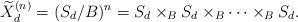
LaTeX: \begin{align*}\widetilde X^{(n)}_d=(S_d/B)^n = S_d \times _B S_d \times _B \cdots \times _B S_d.\end{align*}